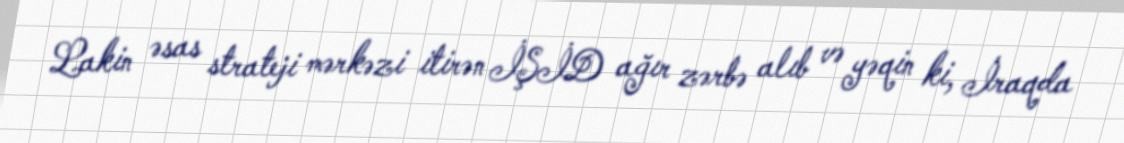
Lakin əsas strateji mərkəzi itirən İŞİD ağır zərbə alıb və yəqin ki, İraqda